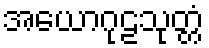
အယောဂုဠသုတ္တံ